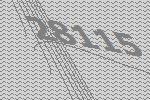
28115